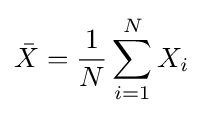
{\bar {X}}={\frac {1}{N}}\sum _{i=1}^{N}X_{i}